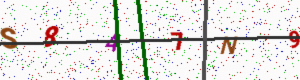
Text: S847N9